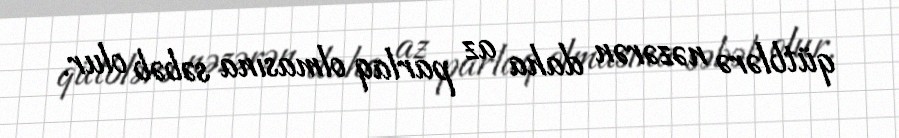
qütblərə nəzərən daha az parlaq olmasına səbəb olur.